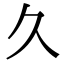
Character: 久